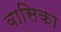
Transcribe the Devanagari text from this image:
वासिका